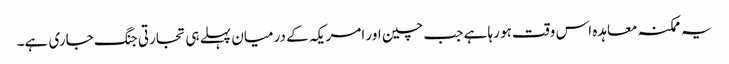
یہ ممکنہ معاہدہ اس وقت ہو رہا ہے جب چین اور امریکہ کے درمیان پہلے ہی تجارتی جنگ جاری ہے۔